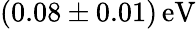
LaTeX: (0.08\pm 0.01)\, \mathrm{eV}